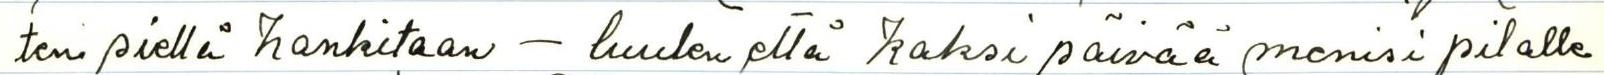
ten siellä hankitaan - luulen että kaksi päivää menisi pilalle